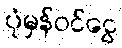
ပုံမှန်ဝင်ငွေ